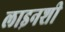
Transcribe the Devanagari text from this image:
लाइनशी